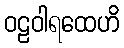
ဝဠဝါရထေဟိ